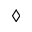
\diamond